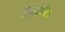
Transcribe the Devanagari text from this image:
निषेधबोधक